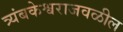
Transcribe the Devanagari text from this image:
त्र्यंबकेश्वराजवळील